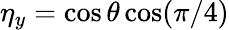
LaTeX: \eta_{y}=\cos\theta\cos(\pi/4)